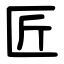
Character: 匠